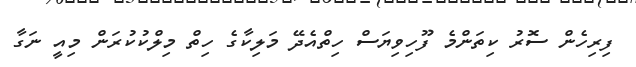
ފިރިހެން ސޮރު ކިތަންމެ ފޫހިވިޔަސް ހިތްއެެދޭ މަލިކާގެ ހިތް މިލްކުކުރަން މިއީ ނަގާ